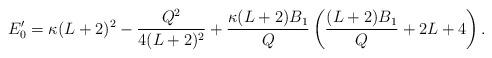
LaTeX: \begin{align*} E'_0 = \kappa(L+2)^2 - \frac{Q^2}{4(L+2)^2} + \frac{\kappa(L+2)B_1}{Q} \left(\frac{(L+2)B_1}{Q} + 2L +4 \right).\end{align*}